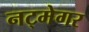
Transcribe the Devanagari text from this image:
नट्मेगर